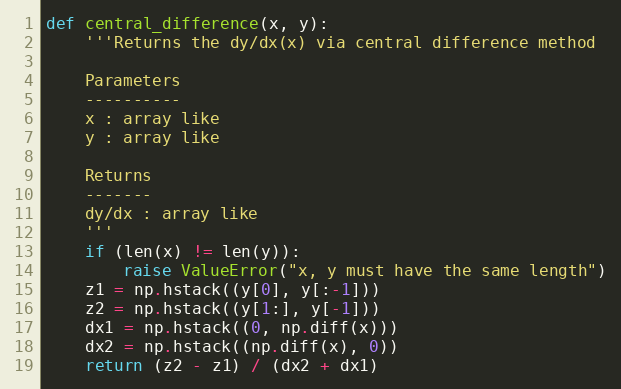
Language: Python
def central_difference(x, y):
    '''Returns the dy/dx(x) via central difference method

    Parameters
    ----------
    x : array like
    y : array like

    Returns
    -------
    dy/dx : array like
    '''
    if (len(x) != len(y)):
        raise ValueError("x, y must have the same length")
    z1 = np.hstack((y[0], y[:-1]))
    z2 = np.hstack((y[1:], y[-1]))
    dx1 = np.hstack((0, np.diff(x)))
    dx2 = np.hstack((np.diff(x), 0))
    return (z2 - z1) / (dx2 + dx1)